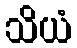
သိယံ